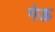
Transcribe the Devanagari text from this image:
गेऊ